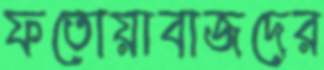
ফতোয়াবাজদের